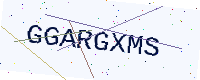
Text: GGARGXMS